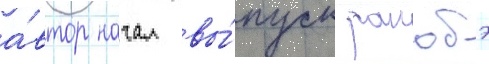
а́втор начал вы́пуск ранобэ